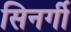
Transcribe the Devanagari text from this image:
सिनर्गी